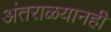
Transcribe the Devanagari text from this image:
अंतराळयानही